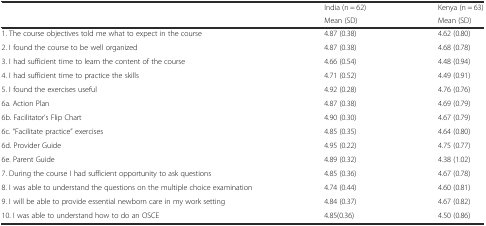
<table><thead><tr><td rowspan="2"></td><td><b>India (n = 62)</b></td><td><b>Kenya (n = 63)</b></td></tr><tr><td><b>Mean (SD)</b></td><td><b>Mean (SD)</b></td></tr></thead><tbody><tr><td>1. The course objectives told me what to expect in the course</td><td>4.87 (0.38)</td><td>4.62 (0.80)</td></tr><tr><td>2. I found the course to be well organized</td><td>4.87 (0.38)</td><td>4.68 (0.78)</td></tr><tr><td>3. I had sufficient time to learn the content of the course</td><td>4.66 (0.54)</td><td>4.48 (0.94)</td></tr><tr><td>4. I had sufficient time to practice the skills</td><td>4.71 (0.52)</td><td>4.49 (0.91)</td></tr><tr><td>5. I found the exercises useful</td><td>4.92 (0.28)</td><td>4.76 (0.76)</td></tr><tr><td>6a. Action Plan</td><td>4.87 (0.38)</td><td>4.69 (0.79)</td></tr><tr><td>6b. Facilitator’s Flip Chart</td><td>4.90 (0.30)</td><td>4.67 (0.79)</td></tr><tr><td>6c. “Facilitate practice” exercises</td><td>4.85 (0.35)</td><td>4.64 (0.80)</td></tr><tr><td>6d. Provider Guide</td><td>4.95 (0.22)</td><td>4.75 (0.77)</td></tr><tr><td>6e. Parent Guide</td><td>4.89 (0.32)</td><td>4.38 (1.02)</td></tr><tr><td>7. During the course I had sufficient opportunity to ask questions</td><td>4.85 (0.36)</td><td>4.67 (0.78)</td></tr><tr><td>8. I was able to understand the questions on the multiple choice examination</td><td>4.74 (0.44)</td><td>4.60 (0.81)</td></tr><tr><td>9. I will be able to provide essential newborn care in my work setting</td><td>4.84 (0.37)</td><td>4.67 (0.82)</td></tr><tr><td>10. I was able to understand how to do an OSCE</td><td>4.85(0.36)</td><td>4.50 (0.86)</td></tr></tbody></table>